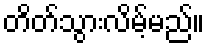
တိတ်သွားလိမ့်မည်။